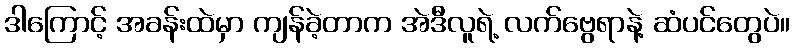
ဒါကြောင့် အခန်းထဲမှာ ကျန်ခဲ့တာက အဲဒီလူရဲ့ လက်ဗွေရာနဲ့ ဆံပင်တွေပဲ။